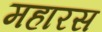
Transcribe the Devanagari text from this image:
महारस